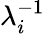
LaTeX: \lambda_{i}^{-1}